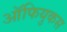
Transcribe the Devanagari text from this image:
ऑफियुकस